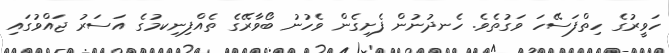
ހަވީރުގެ ހިތްފަސޭހަ ވަގުތެވެ. ހެނދުނުން ފެށިގެން ވެހުނު ބޯވާރޭގެ ތެއްފިނިކމުގެ އަސަރު ޖައްވުގައި